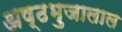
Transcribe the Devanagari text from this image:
अष्ठभुजालाल